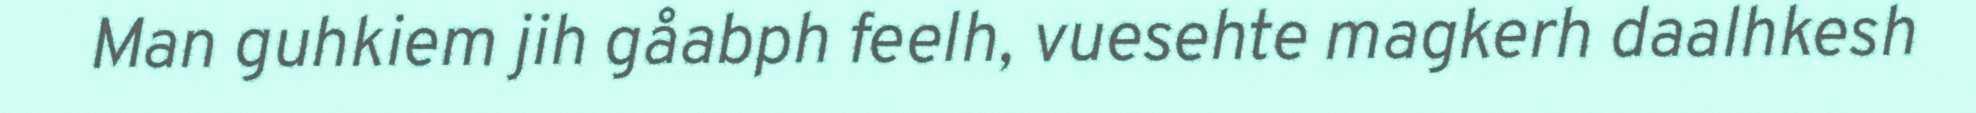
Man guhkiem jih gåabph feelh, vuesehte magkerh daalhkesh